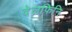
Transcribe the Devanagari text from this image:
देलफिनि